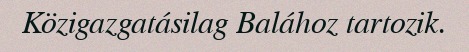
Közigazgatásilag Balához tartozik.